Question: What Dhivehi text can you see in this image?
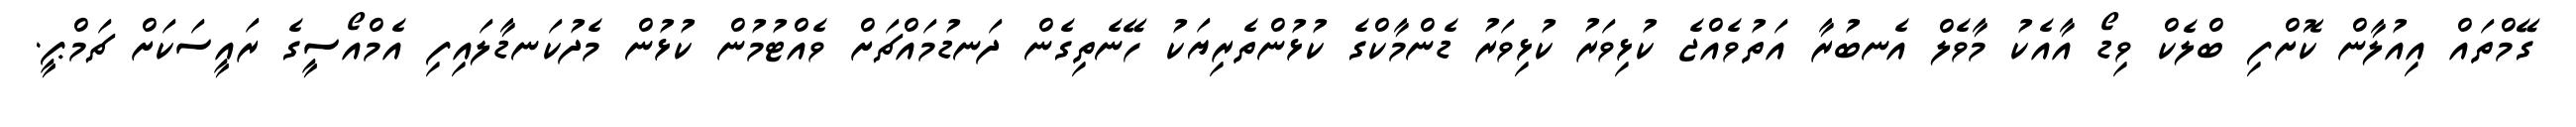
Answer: ގޭމްތައް އިއުލާން ކޮށްފި ބްލެކް ވިޑޯ އާއެކު މާވެލް އެނބުރާ އަތުވެއްޖެ ކުޅިވަރު ކުޅިވަރު ޑެންމާކްގެ ކުޅުންތެރިޔަކު ހޭނެތިގެން ދަނޑުމައްޗަށް ވެއްޓުމުން ކުޅުން މެދުކަނޑާލައިފި އެމްއޯސީގެ ރައީސަކަށް ޗަމްޕީ.